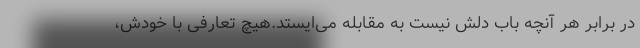
در برابر هر آنچه باب دلش نیست به مقابله می‌ایستد.هیچ تعارفی با خودش،